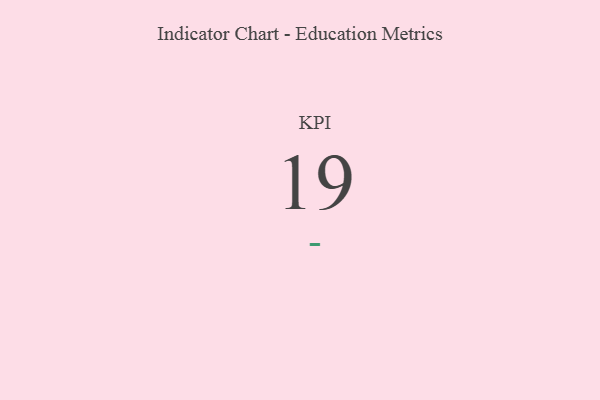
{"axis": {"x": "KPI", "y": "Value"}, "legend": [""], "data": [{"x": "KPI", "y": 19, "type": ""}]}